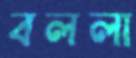
বললা